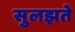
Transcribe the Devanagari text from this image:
सुलझते